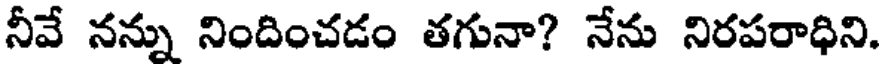
నీవే నన్ను నిందించడం తగునా? నేను నిరపరాధిని.